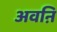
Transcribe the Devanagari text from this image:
अवऩि